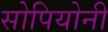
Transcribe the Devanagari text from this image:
सोपियोनी